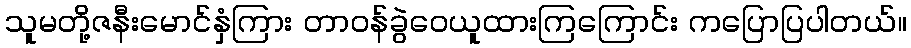
သူမတို့ဇနီးမောင်နှံကြား တာဝန်ခွဲဝေယူထားကြကြောင်း ကပြောပြပါတယ်။